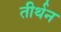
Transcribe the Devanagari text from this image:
तीर्थन